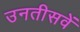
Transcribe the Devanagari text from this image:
उनतीसवें